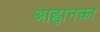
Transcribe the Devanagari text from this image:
आह्वानका